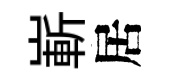
嶄居